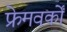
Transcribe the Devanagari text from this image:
फ्रेमवर्कों